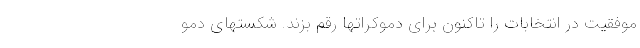
موفقیت در انتخابات را تاکنون برای دموکراتها رقم بزند. شکستهای دمو